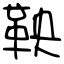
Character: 鞅